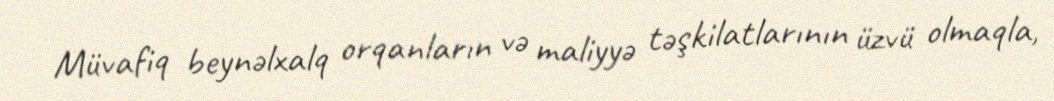
Müvafiq beynəlxalq orqanların və maliyyə təşkilatlarının üzvü olmaqla,